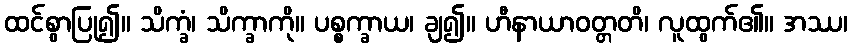
ထင်စွာပြု၍။ သိက္ခံ၊ သိက္ခာကို။ ပစ္စက္ခာယ၊ ချ၍။ ဟီနာယာဝတ္တတိ၊ လူထွက်၏။ အဿ၊